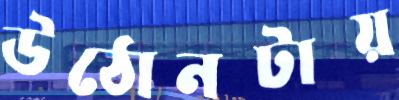
উঠোনটায়